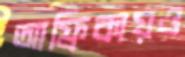
আফ্রিকায়ও